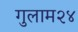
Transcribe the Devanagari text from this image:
गुलाम२४